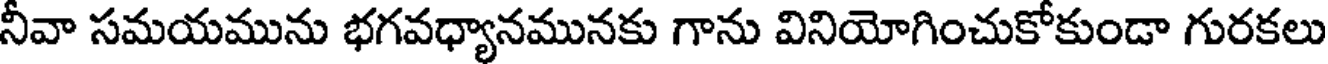
నీవా సమయమును భగవధ్యానమునకు గాను వినియోగించుకోకుండా గురకలు